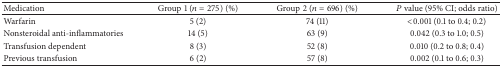
| Medication | Group1 (n = 275) (%) | Group2 (n = 696) (%) | P value (95% CI; odds ratio) |
 | --- | --- | --- | --- |
 | Warfarin | 5 (2) | 74 (11) | <0.001 (0.1 to 0.4; 0.2) |
 | Nonsteroidal anti-inflammatories | 14 (5) | 63 (9) | 0.042 (0.3 to 1.0; 0.5) |
 | Transfusion dependent | 8 (3) | 52 (8) | 0.010 (0.2 to 0.8; 0.4) |
 | Previous transfusion | 6 (2) | 57 (8) | 0.002 (0.1 to 0.6; 0.3) |